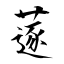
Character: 蓫